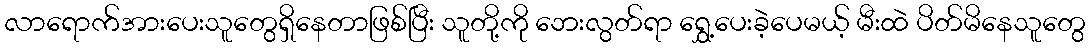
လာရောက်အားပေးသူတွေရှိနေတာဖြစ်ပြီး သူတို့ကို ဘေးလွတ်ရာ ရွှေ့ပေးခဲ့ပေမယ့် မီးထဲ ပိတ်မိနေသူတွေ